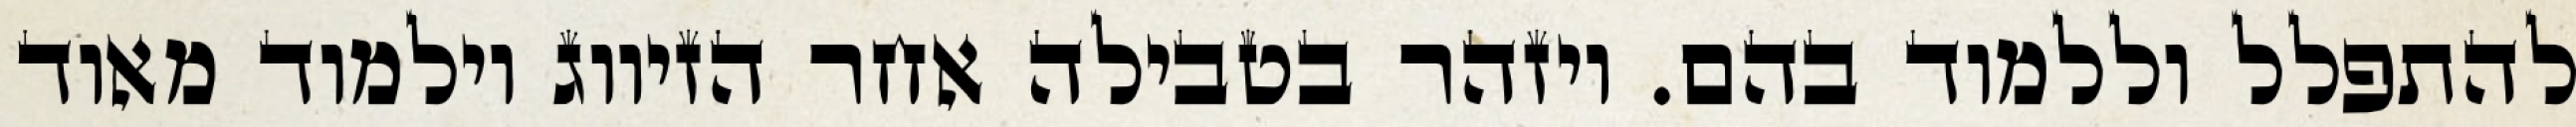
להתפלל וללמוד בהם. ויזהר בטבילה אחר הזיווג וילמוד מאוד